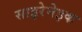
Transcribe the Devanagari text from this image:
साइरेनेइक